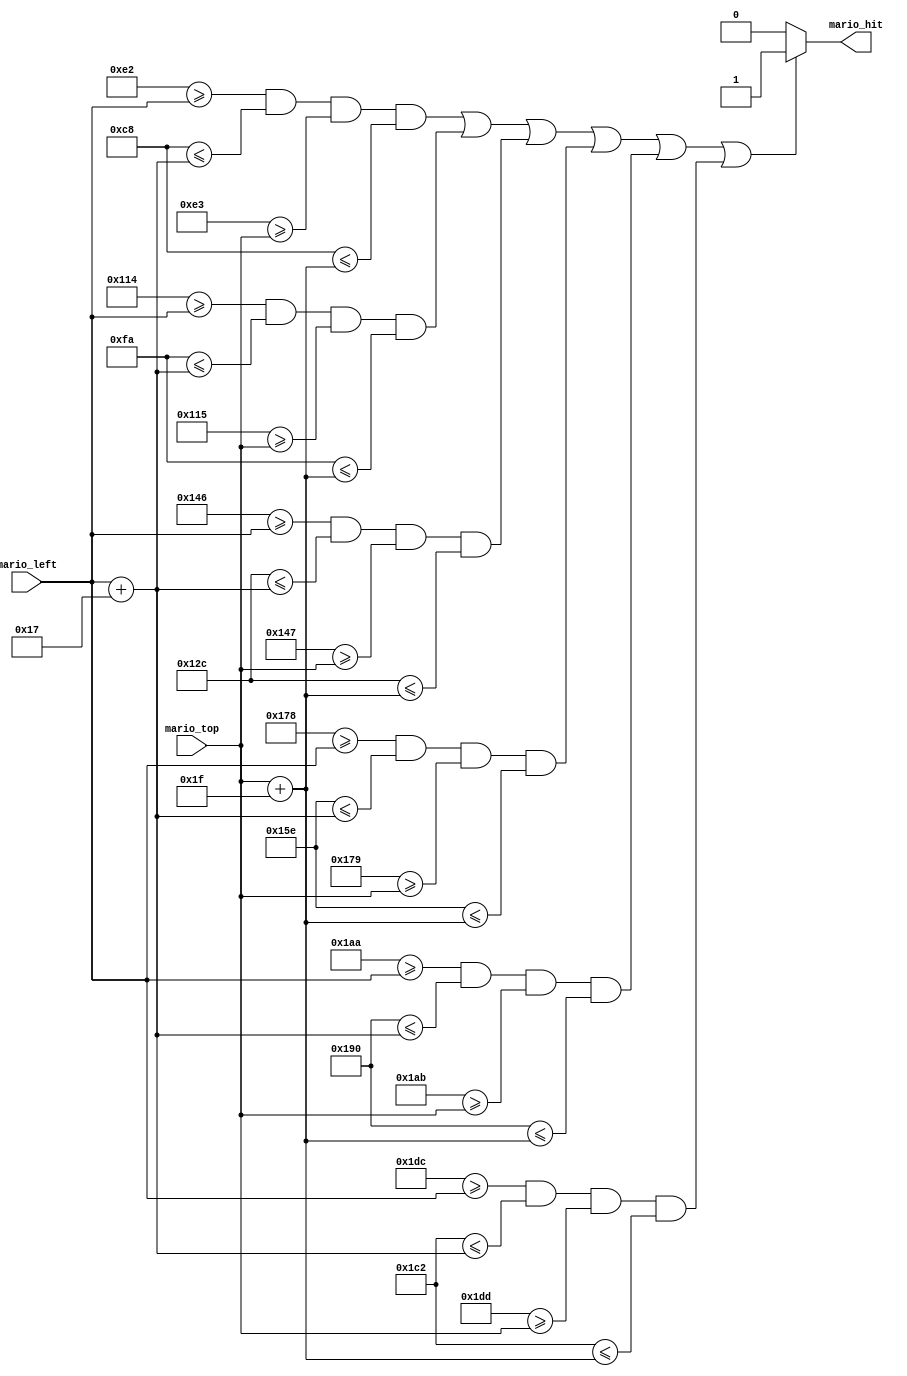
module goombas_display(
        output        mario_hit   ,
        input  [9:0]  mario_left  ,
        input  [9:0]  mario_top
);

wire [9:0] goomba1_left, goomba2_left, goomba3_left, goomba4_left, goomba5_left, goomba6_left;
wire [9:0] goomba1_top, goomba2_top, goomba3_top, goomba4_top, goomba5_top, goomba6_top;
wire [9:0] goomba1_right, goomba2_right, goomba3_right, goomba4_right, goomba5_right, goomba6_right;
wire [9:0] goomba1_bottom, goomba2_bottom, goomba3_bottom, goomba4_bottom, goomba5_bottom, goomba6_bottom;

parameter WIDTH = 26, HEIGHT = 27;
parameter WIDTH_M =23, HEIGHT_M = 31; //Mario size
parameter REAL_GROUND = 440;
parameter RIGHT_END = 639;

assign goomba1_left = 200;
assign goomba1_top  = 200;

assign goomba2_left = 250;
assign goomba2_top  = 250;

assign goomba3_left = 300;
assign goomba3_top  = 300;
                         
assign goomba4_left = 350;
assign goomba4_top  = 350;
                         
assign goomba5_left = 400;
assign goomba5_top  = 400;
                         
assign goomba6_left = 450;
assign goomba6_top  = 450;

assign goomba1_right = goomba1_left + WIDTH;
assign goomba1_bottom = goomba1_top + HEIGHT;

assign goomba2_right = goomba2_left + WIDTH;
assign goomba2_bottom = goomba2_top + HEIGHT;

assign goomba3_right = goomba3_left + WIDTH;
assign goomba3_bottom = goomba3_top + HEIGHT;

assign goomba4_right = goomba4_left + WIDTH;
assign goomba4_bottom = goomba4_top + HEIGHT;

assign goomba5_right = goomba5_left + WIDTH;
assign goomba5_bottom = goomba5_top + HEIGHT;

assign goomba6_right = goomba6_left + WIDTH;
assign goomba6_bottom = goomba6_top + HEIGHT;

wire [9:0] mario_right, mario_bottom;
assign mario_right = mario_left + WIDTH_M;
assign mario_bottom = mario_top + HEIGHT_M;

// goomba_hit logic
assign mario_hit = ((goomba1_right >= mario_left && goomba1_left <= mario_right && goomba1_bottom >= mario_top && goomba1_top <= mario_bottom)||
                      (goomba2_right >= mario_left && goomba2_left <= mario_right && goomba2_bottom >= mario_top && goomba2_top <= mario_bottom)||
                      (goomba3_right >= mario_left && goomba3_left <= mario_right && goomba3_bottom >= mario_top && goomba3_top <= mario_bottom)||
                      (goomba4_right >= mario_left && goomba4_left <= mario_right && goomba4_bottom >= mario_top && goomba4_top <= mario_bottom)||
                      (goomba5_right >= mario_left && goomba5_left <= mario_right && goomba5_bottom >= mario_top && goomba5_top <= mario_bottom)||
                      (goomba6_right >= mario_left && goomba6_left <= mario_right && goomba6_bottom >= mario_top && goomba6_top <= mario_bottom)) ? 1 : 0;

endmodule